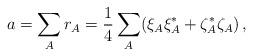
LaTeX: \begin{align*}a=\sum_A r_A= {1\over 4}\sum_A (\xi_A\xi_A^*+\zeta_A^* \zeta_A) \, ,\end{align*}